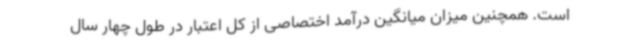
است. همچنین میزان میانگین درآمد اختصاصی از کل اعتبار در طول چهار سال